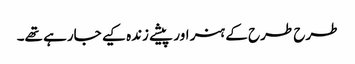
طرح طرح کے ہنر اور پیشے زندہ کیے جارہے تھے۔